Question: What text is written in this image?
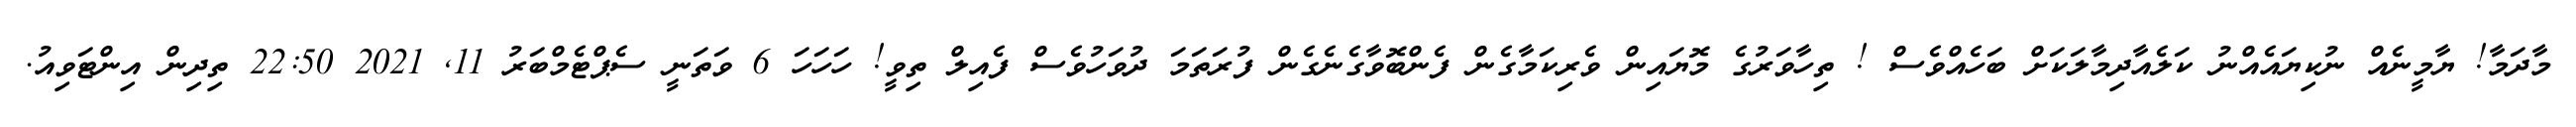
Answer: މާދަމާ! ޔާމީނެއް ނުކިޔައެއްނު ކަލެއާދިމާލަކަށް ބަހެއްވެސް ! ތިހާވަރުގެ މޮޔައިން ވެރިކަމާގެން ފެންބޮވާގެނެގެން ފުރަތަމަ ދުވަހުވެސް ފެއިލް ތިވީ! ހަހަހަ 6 ވަތަނީ ސެޕްޓެމްބަރު 11, 2021 22:50 ތިދިން އިންޓަވިއު.